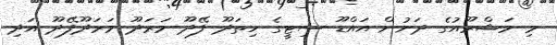
މި މަޝްރޫއުގެ ދަށުން އައްޑޫ ސިޓީގެ ހިތަދޫ ފޭދޫ މަރަދޫ މަރަދޫފޭދޫ އަދި